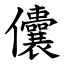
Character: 儾